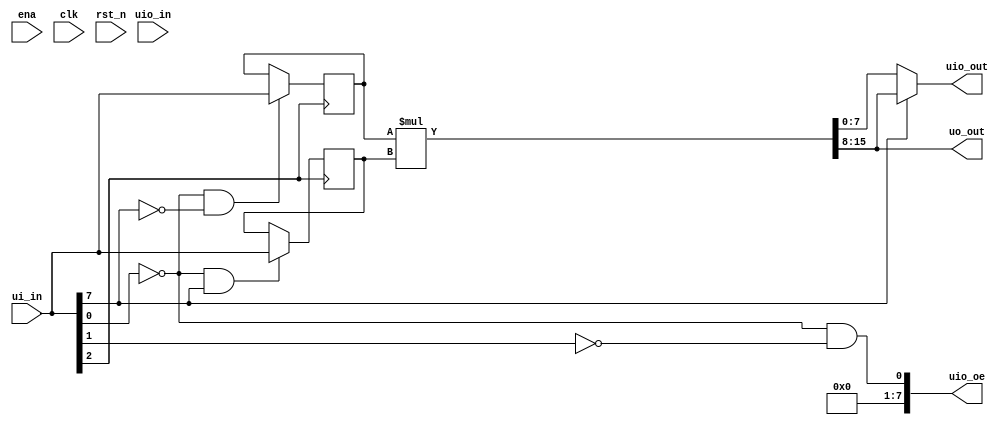
/*
 * Copyright (c) 2024 Your Name
 * SPDX-License-Identifier: Apache-2.0
 */

`default_nettype none

module tt_um_8x8mul (
    input  wire [7:0] ui_in,    // Dedicated inputs
    output wire [7:0] uo_out,   // Dedicated outputs
    input  wire [7:0] uio_in,   // IOs: Input path
    output wire [7:0] uio_out,  // IOs: Output path
    output wire [7:0] uio_oe,   // IOs: Enable path (active high: 0=input, 1=output)
    input  wire       ena,      // always 1 when the design is powered, so you can ignore it
    input  wire       clk,      // clock
    input  wire       rst_n     // reset_n - low to reset
);
  
  wire cs = ~ui_in[0];
  wire rd = ~ui_in[1];
  wire wr_n = ui_in[2];
  wire wr = ~wr_n;
  wire addr = ui_in[7];
  
  reg [7:0] A;
  reg [7:0] B;
  
  wire [15:0] Mul = A*B;
  
  always @(posedge wr_n) begin
    if (cs && addr == 0) A = ui_in;
    if (cs && addr == 1) B = ui_in;
  end;

  assign uo_out  = Mul[15:8];
  assign uio_out = addr ? Mul[15:8] : Mul[7:0];
  assign uio_oe  = cs && rd;

  // List all unused inputs to prevent warnings
  wire _unused = &{ena, clk, rst_n, 1'b0};

endmodule